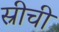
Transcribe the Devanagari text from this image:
स्रीची